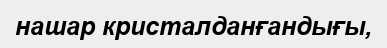
нашар кристалданғандығы,